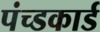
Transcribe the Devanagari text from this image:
पंच्डकार्ड